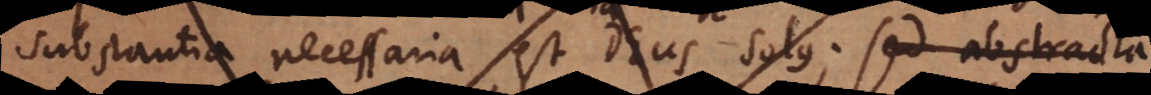
substantia necessaria est Deus solus; sed abstracta